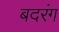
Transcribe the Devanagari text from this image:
बदरंग